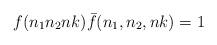
LaTeX: \begin{align*}f(n_1n_2nk) {\bar f}(n_1,n_2,nk)=1\end{align*}